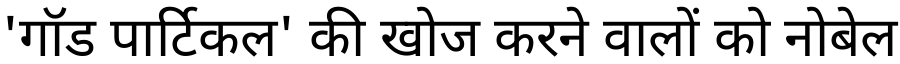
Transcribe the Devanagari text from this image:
'गॉड पार्टिकल' की खोज करने वालों को नोबेल